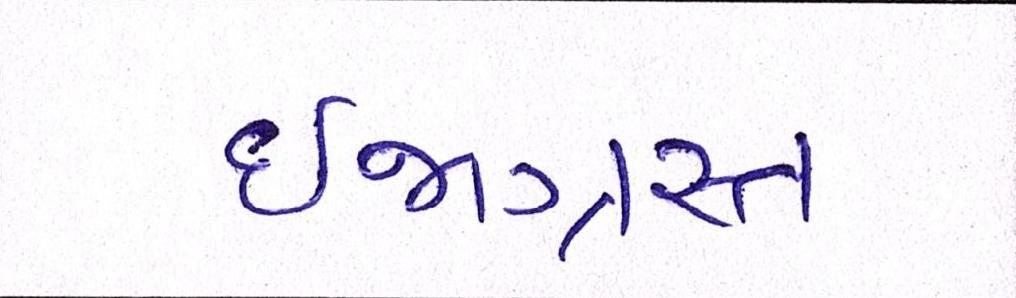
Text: ઈજાગ્રસ્ત